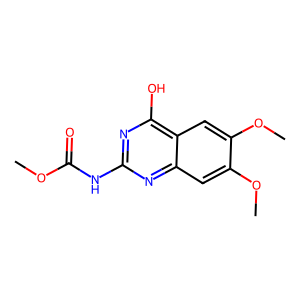
SMILES: COC(=O)Nc1nc(O)c2cc(OC)c(OC)cc2n1
Inhibits HIV replication: No